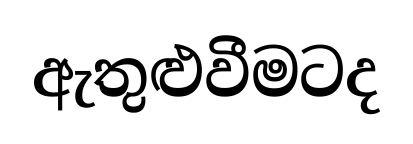
ඇතුළුවීමටද